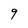
Character: g